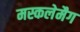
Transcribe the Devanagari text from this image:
मस्कलेमैग